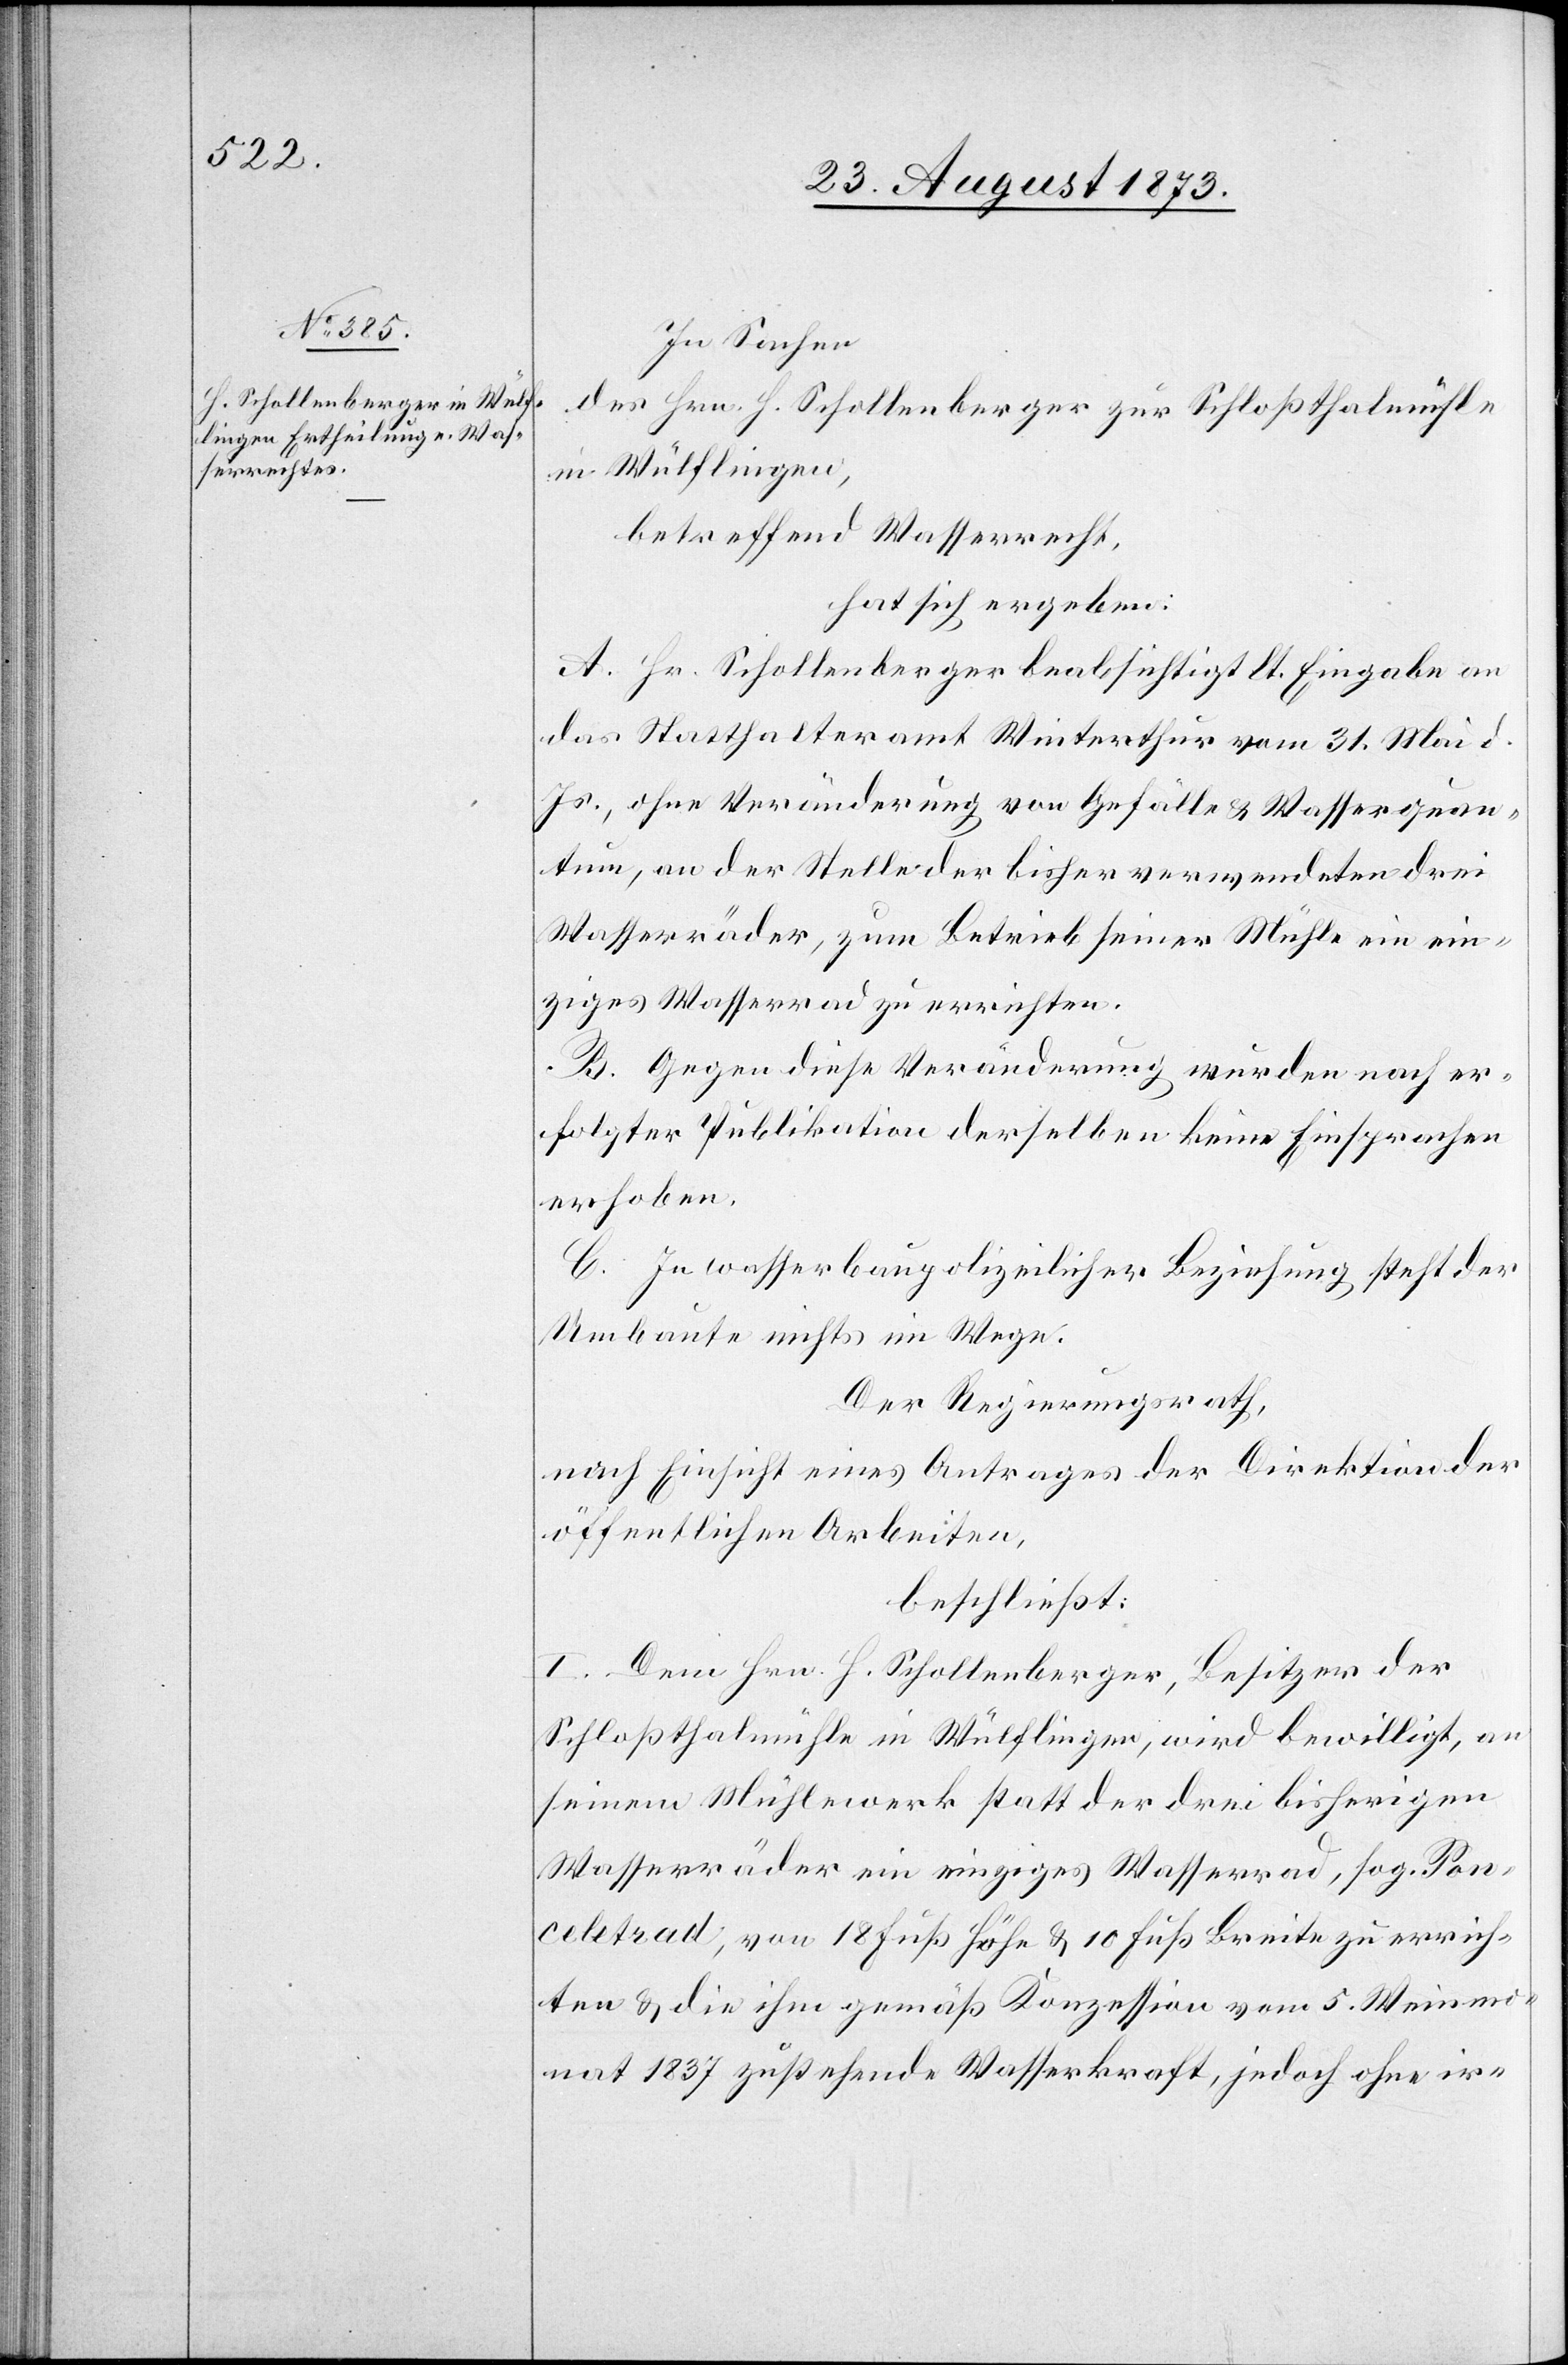
In Sachen
des Hrn. H. Schollenberger zur Schloßthalmühle
in Wülflingen,
betreffend Wasserrecht,
hat sich ergeben:
A. Hr. Schollenberger beabsichtigt lt. Eingabe an
das Statthalteramt Winterthur vom 31. Mai d.
Js., ohne Veränderung von Gefälle & Wasserquan¬
tum, an der Stelle der bisher verwendeten drei
Wasserräder, zum Betrieb seiner Mühle ein ein¬
ziges Wasserrad zu errichten.
B. Gegen diese Veränderung wurden nach er¬
folgter Publikation derselben keine Einsprachen
erhoben.
C. In wasserbaupolizeilicher Beziehung steht der
Umbaute nichts im Wege.
Der Regierungsrath,
nach Einsicht eines Antrages der Direktion der
öffentlichen Arbeiten,
beschließt:
I. Dem Hrn. H. Schollenberger, Besitzer der
Schloßthalmühle in Wülflingen, wird bewilligt, an
seinem Mühlewerk statt der drei bisherigen
Wasserräder ein einziges Wasserrad, sog. Pon¬
celetrad, von 18 Fuß Höhe & 10 Fuß Breite zu errich¬
ten & die ihm gemäß Konzession vom 5. Weinmo¬
nat 1837 zustehende Wasserkraft, jedoch ohne ir-